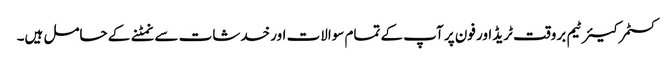
کسٹمر کیئر ٹیم بروقت ٹریڈ اور فون پر آپ کے تمام سوالات اور خدشات سے نمٹنے کے حامل ہیں۔